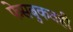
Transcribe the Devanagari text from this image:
फेसबुकवही